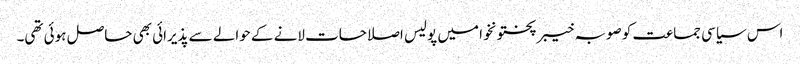
اس سیاسی جماعت کو صوبہ خیبر پختونخوا میں پولیس اصلاحات لانے کے حوالے سے پذیرائی بھی حاصل ہوئی تھی۔